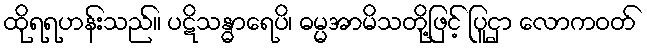
ထိုရရဟန်းသည်။ ပဋိသန္ဓာရေပိ၊ ဓမ္မအာမိသတို့ဖြင့် ပြူငှာ လောကဝတ်